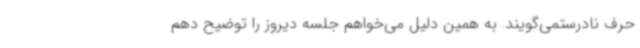
حرف نادرستمی‌گویند. به همین دلیل می‌خواهم جلسه دیروز را توضیح دهم